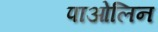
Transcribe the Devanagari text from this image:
पाओलिन